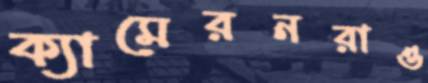
ক্যামেরনরাও